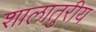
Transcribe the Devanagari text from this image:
शालातुरीय